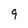
Character: 9